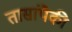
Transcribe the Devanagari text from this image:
तासांपैकी